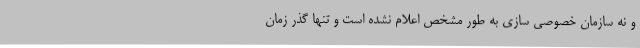
و نه سازمان خصوصی سازی به طور مشخص اعلام نشده است و تنها گذر زمان